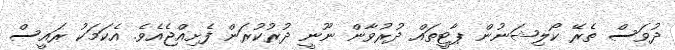
ދުވަސް ތެރޭ ކޯލިޝަނުން ޕާޓީތައް ދުރުވާން ނޫނީ ދުރުކުރަން ފެށިއްޖެއެވެ. އެކަމަކު ރައީސް